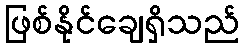
ဖြစ်နိုင်ချေရှိသည်